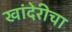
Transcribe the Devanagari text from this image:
खांदेरीचा